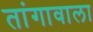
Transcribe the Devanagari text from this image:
तांगावाला